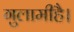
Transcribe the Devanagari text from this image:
गुलामीहै।